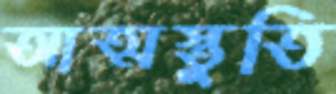
আত্মস্তুতি